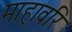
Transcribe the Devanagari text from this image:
माहावरि